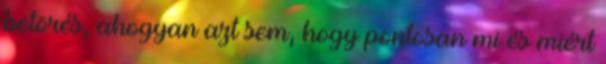
betörés, ahogyan azt sem, hogy pontosan mi és miért